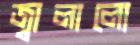
জ্বালালো